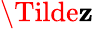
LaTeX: \Tilde{\mathbf{z}}